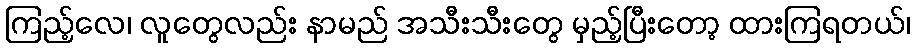
ကြည့်လေ၊ လူတွေလည်း နာမည် အသီးသီးတွေ မှည့်ပြီးတော့ ထားကြရတယ်၊